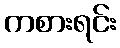
ကစားရင်း